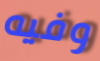
وفيه